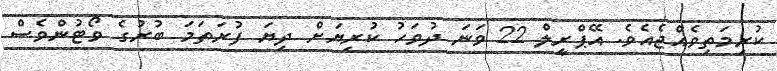
ކުރިމަތިވެއްޖެއެވެ. އޭޕްރީލް 22 ވަނަ ދުވަހު ކުރިޔަށް ދިޔަ ފުރަތަމަ ބުރުގެ ވޯޓުންވެސް